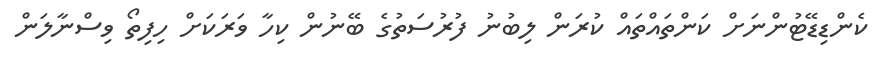
ކެންޑިޑޭޓުންނަށް ކަންތައްތައް ކުރަން ލިބުނު ފުރުސަތުގެ ބޭނުން ކިހާ ވަރަކަށް ހިފިތޯ ވިސްނާލަން